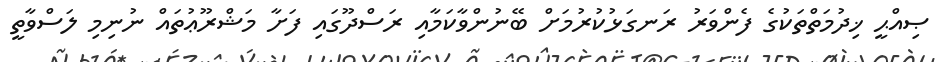
ޞިއްޙީ ޚިދުމަތްތަކުގެ ފެންވަރު ރަނގަޅުކުރުމަށް ބޭނުންވާކަމާއި ރަސްދޫގައި ފަށާ މަޝްރޫޢުތައް ނުނިމި ލަސްވާތީ